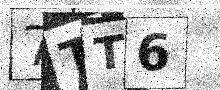
Text: 7TT6